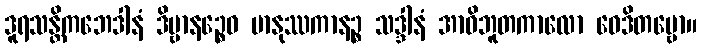
ဒူရသန္တိကဘေဒါနံ ဒိဗ္ဗာနဉ္စေဝ မာနုဿကာနဉ္စ သဒ္ဒါနံ အာဝိဘူတကာလော ဝေဒိတဗ္ဗော။